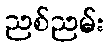
ညစ်ညမ်း